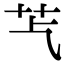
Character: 𦬈